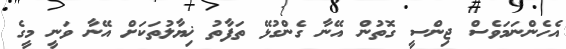
އެހެންނަމަވެސް ޖިންސީ ގޮތުން އޭނާ ގެންގުޅޭ ތަފާތު ޚިޔާލުތަކަށް އޭނާ ވަނީ މީގެ